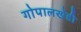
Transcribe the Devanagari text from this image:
गोपालखेडी